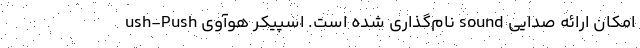
ush-Push نام‌گذاری شده است. اسپیکر هوآوی sound امکان ارائه صدایی